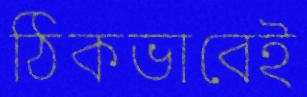
ঠিকভাবেই